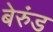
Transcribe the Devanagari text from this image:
बेरुंड